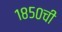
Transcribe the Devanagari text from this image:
१८५०ची